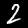
Digit: 2